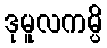
ဒုမူလကမ္ပိ